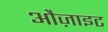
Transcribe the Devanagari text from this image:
औज़ाइट